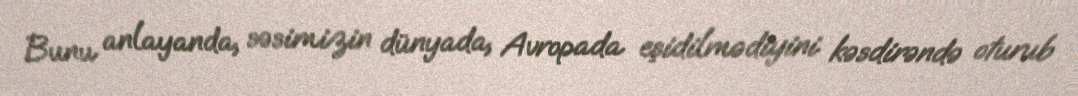
Bunu anlayanda, səsimizin dünyada, Avropada eşidilmədiyini kəsdirəndə oturub